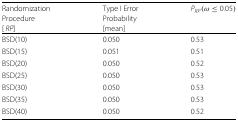
| Randomization | Type I Error | PRP(ω≤0.05) |
 | Procedure | Probability |  |
 | [RP] | [mean] |  |
 | --- | --- | --- |
 | BSD(10) | 0.050 | 0.53 |
 | BSD(15) | 0.051 | 0.51 |
 | BSD(20) | 0.050 | 0.52 |
 | BSD(25) | 0.050 | 0.53 |
 | BSD(30) | 0.050 | 0.53 |
 | BSD(35) | 0.050 | 0.53 |
 | BSD(40) | 0.050 | 0.52 |